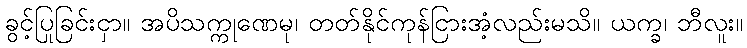
ခွင့်ပြုခြင်းငှာ။ အပိသက္ကုဏေမု၊ တတ်နိုင်ကုန်ငြားအံ့လည်းမသိ။ ယက္ခ၊ ဘီလူး။